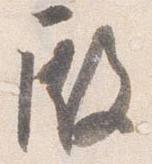
殿